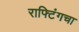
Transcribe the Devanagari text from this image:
राफ्टिंगचा